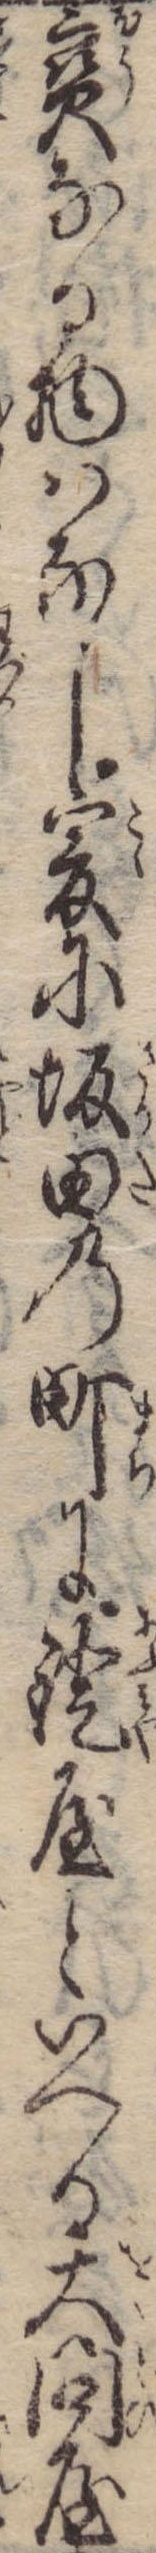
宝なる物はなし爰に坂田の町に鐙屋といへる大問屋